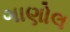
ગાણોલ